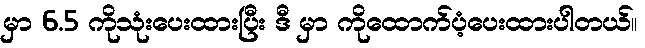
မှာ 6.5 ကိုသုံးပေးထားပြီး ဒီ မှာ ကိုထောက်ပံ့ပေးထားပါတယ်။